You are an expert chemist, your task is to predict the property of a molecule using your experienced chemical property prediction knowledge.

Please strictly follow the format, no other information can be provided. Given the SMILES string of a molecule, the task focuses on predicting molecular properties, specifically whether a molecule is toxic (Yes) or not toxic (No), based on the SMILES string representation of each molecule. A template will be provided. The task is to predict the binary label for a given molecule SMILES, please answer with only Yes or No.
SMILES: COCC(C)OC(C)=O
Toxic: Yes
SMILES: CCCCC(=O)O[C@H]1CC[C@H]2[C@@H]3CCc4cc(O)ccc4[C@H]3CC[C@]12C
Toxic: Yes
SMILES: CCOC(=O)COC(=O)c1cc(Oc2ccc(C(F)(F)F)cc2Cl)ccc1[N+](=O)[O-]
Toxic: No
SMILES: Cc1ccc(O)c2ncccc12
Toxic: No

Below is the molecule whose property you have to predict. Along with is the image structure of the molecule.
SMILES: C[C@]12CC[C@H]3[C@@H](CC=C4C[C@@H](O)CC[C@@]43C)[C@@H]1CCC2=O
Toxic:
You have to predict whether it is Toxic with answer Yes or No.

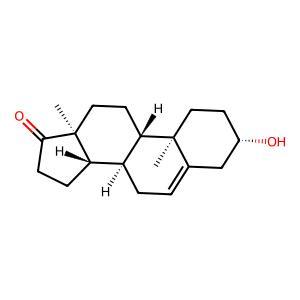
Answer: No